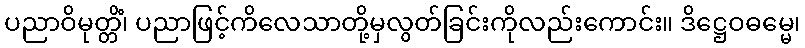
ပညာဝိမုတ္တိံ၊ ပညာဖြင့်ကိလေသာတို့မှလွတ်ခြင်းကိုလည်းကောင်း။ ဒိဋ္ဌေဝဓမ္မေ၊